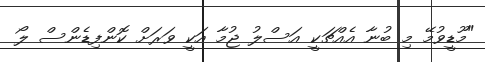
"މޫޑީވުމޭ މި ބުނާ އެއްޗަކީ އަސްލު ޖުމާ އަކީ ވަރަށް ކޮންފިޑެންސް ލޯ